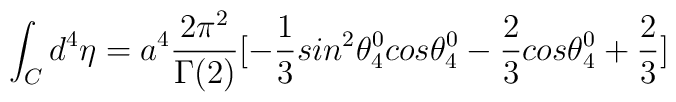
\int_{C}{d^4}{\eta} = a^4 \frac{2\pi^{2}}{\Gamma(2)}[-\frac{1}{3}sin^2\theta_4^0cos\theta_4^0- \frac{2}{3}cos\theta_4^0 + \frac{2}{3}]